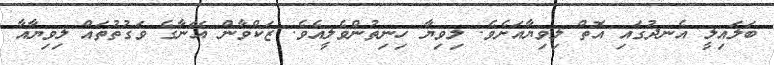
ބަލައިލީ އެނދުގައި އޮތް ލިވިޔާއަށެވެ. ލިވިޔާ ހިނިތުންވެލީއެވެ. ޒަކްވާން އޭނާގެ ވަގުތުތައް ލިވިޔާއާ